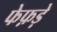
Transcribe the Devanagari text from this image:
फेफ़ड़े